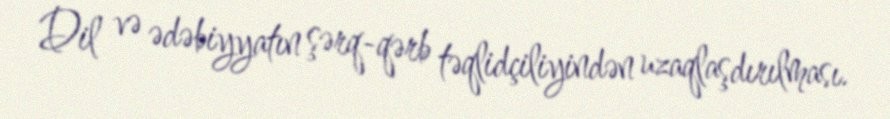
Dil və ədəbiyyatın şərq-qərb təqlidçiliyindən uzaqlaşdırılması.